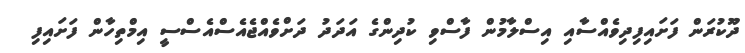
ދޫކުރަން ފަށައިފިދިވެއްސާއި އިސްލާމުން ފާސްވި ކުދިންގެ އަދަދު ދަށްވެއްޖެއެސްއެސްސީ އިމްތިހާން ފަށައިފި